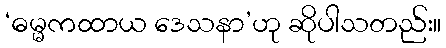
‘ဓမ္မကထာယ ဒေသနာ’ဟု ဆိုပါသတည်း။